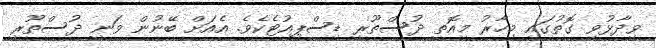
ވިދާޅުވި ގޮތުގައި މިހާރު މިއޮތީ ދުސްތޫރީ ޑިސްޕިއުޓެކެވެ. އެއަށް ބޭނުން ވަނީ ދުސްތޫރީ